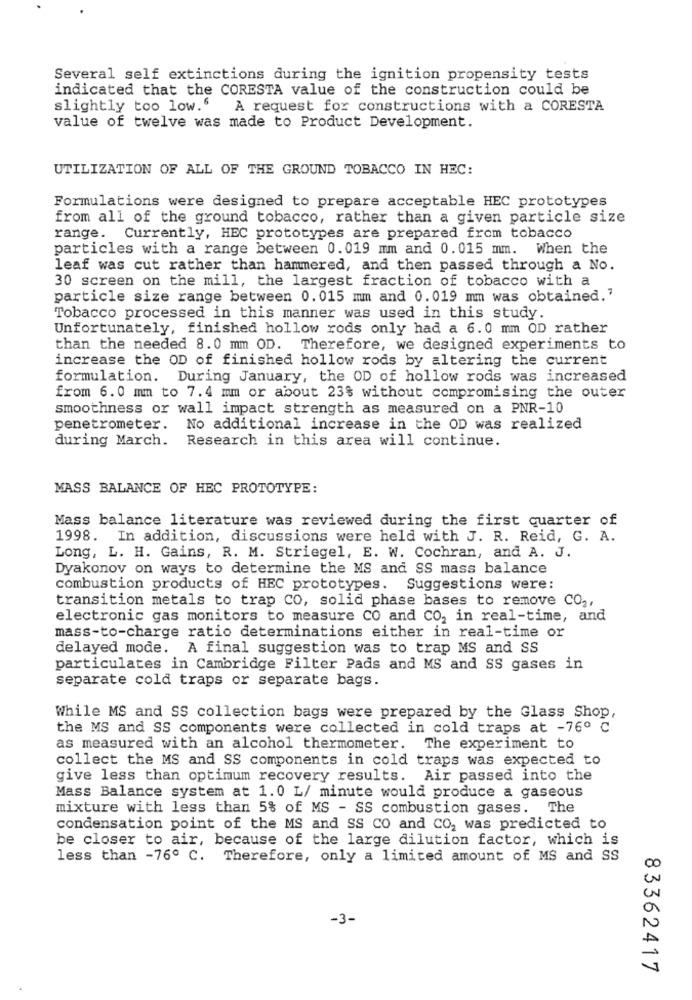
Several self extinctions during the ignition propensity tests
indicated that the CORESTA value of the construction could be
slightly too low."
A request for constructions with a CORESTA
value of twelve was made to Product Development.
UTILIZATION OF ALL OF THE GROUND TOBACCO IN HEC:
Formulations were designed to prepare acceptable HEC prototypes
from all of the ground tobacco, rather than a given particle size
range. Currently, HEC prototypes are prepared from tobacco
particles with a range between 0.019 mm and 0.015 mm. When the
leaf was cut rather than hammered, and then passed through a No.
30 screen on the mill, the largest fraction of tobacco with a
particle size range between 0.015 mm and 0.019 mm was obtained.'
Tobacco processed in this manner was used in this study.
Unfortunately, finished hollow rods only had a 6.0 mm OD rather
than the needed 8.0 mm OD. Therefore, we designed experiments to
increase the OD of finished hollow rods by altering the current
formulation. During January, the OD of hollow rods was increased
from 6.0 mm to 7.4 mm or about 23% without compromising the outer
smoothness or wall impact strength as measured on a PNR-10
penetrometer.
No additional increase in the OD was realized
during March. Research in this area will continue.
MASS BALANCE OF HEC PROTOTYPE:
Mass balance literature was reviewed during the first quarter of
1998. In addition, discussions were held with J. R. Reid, G. A.
Long, L. H. Gains, R. M. Striegel, E. W. Cochran, and A. J.
Dyakonov on ways to determine the MS and SS mass balance
combustion products of HEC prototypes. Suggestions were:
transition metals to trap CO, solid phase bases to remove CO2,
electronic gas monitors to measure CO and CO2 in real-time, and
mass-to-charge ratio determinations either in real-time or
delayed mode. A final suggestion was to trap MS and SS
particulates in Cambridge Filter Pads and MS and SS gases in
separate cold traps or separate bags.
While MS and SS collection bags were prepared by the Glass Shop,
the MS and SS components were collected in cold traps at -76º C
as measured with an alcohol thermometer. The experiment to
collect the MS and SS components in cold traps was expected to
give less than optimum recovery results. Air passed into the
Mass Balance system at 1.0 L/ minute would produce a gaseous
mixture with less than 5% of MS - SS combustion gases. The
condensation point of the MS and SS CO and CO, was predicted to
be closer to air, because of the large dilution factor, which is
less than -76º C. Therefore, only a limited amount of MS and SS
-3-
83362417